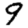
Digit: 9